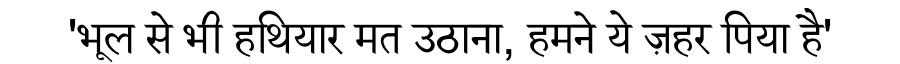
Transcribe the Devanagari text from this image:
'भूल से भी हथियार मत उठाना, हमने ये ज़हर पिया है'